Annual administration and progress report of the Indian Medical Department, Bombay
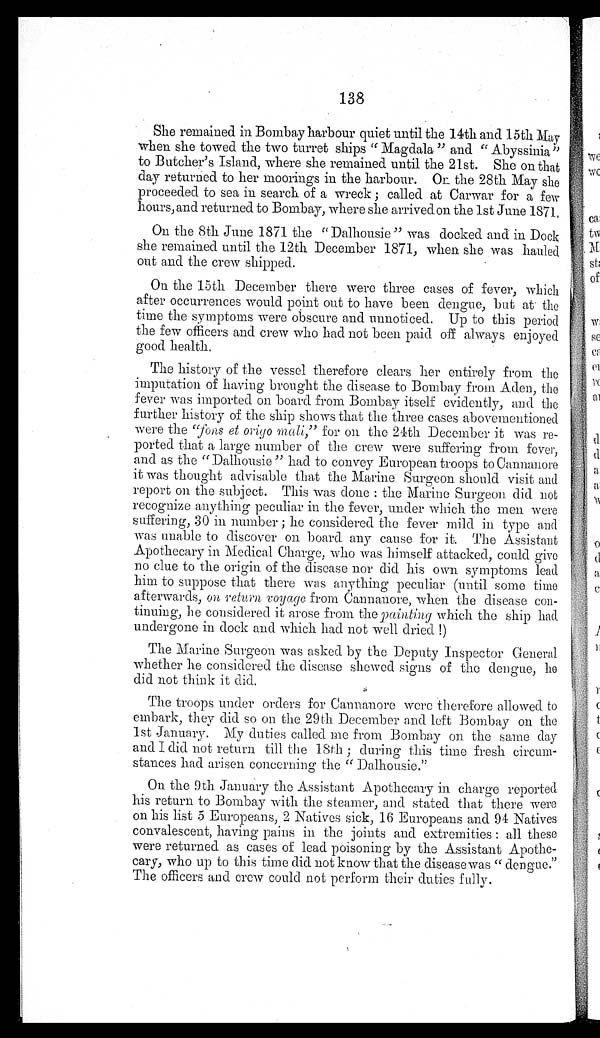
138
She remained in Bombay harbour quiet until the 14th and 15th May
when she towed the two turret ships "Magdala" and "Abyssinia"
to Butcher's Island, where she remained until the 21st. She on that
day returned to her moorings in the harbour. Or the 28th May she
proceeded to sea in search of a wreck ; called at Carwar for a few
hours, and returned to Bombay, where she arrived on the 1st June 1871.
On the 8th June 1871 the "Dalhousie" was docked and in Dock
she remained until the 12th December 1871, when she was hauled
out and the crew shipped.
On the 15th December there were three cases of fever, which
after occurrences would point out to have been dengue, but at the
time the symptoms were obscure and unnoticed. Up to this period
the few officers and crew who had not been paid off always enjoyed
good health.
The history of the vessel therefore clears her entirely from the
imputation of having brought the disease to Bombay from Aden, the
fever was imported on board from Bombay itself evidently, and the
further history of the ship shows that the three cases abovementioned
were the "fons et origo mali,"for on the 24th December it was re-
- p o r t e d t h a t a l a r g e n u m b e r o f t h e c r e w w e r e s u f f e r i n g f r o m f e v e r ,
and as the "Dalhousie" had to convey European troops to Cannanore
it was thought advisable that the Marine Surgeon should visit and
report on the subject. This was done : the Marine Surgeon did not
recognize anything peculiar in the fever, under which the men were
suffering, 30 in number ; he considered the fever mild in type and
was unable to discover on board any cause for it. The Assistant
Apothecary in Medical Charge, who was himself attacked, could give
no clue to the origin of the disease nor did his own symptoms lead
him to suppose that there was anything peculiar (until some time
afterwards, on return voyage from Cannanore, when the disease con-
tinuing, he considered it arose from the painting which the ship had
undergone in dock and which had not well dried !)
The Marine Surgeon was asked by the Deputy Inspector General
whether he considered the disease shewed signs of the dengue, he
did not think it did.
The troops under orders for Cannanore were therefore allowed to
embark, they did so on the 29th December and left Bombay on the
1st January. My duties called me from Bombay on the same day
and I did not return till the 18th ; during this time fresh circum-
stances had arisen concerning the " Dalhousie."
On the 9th January the Assistant Apothecary in charge reported
his return to Bombay with the steamer, and stated that there were
on his list 5 Europeans, 2 Natives sick, 16 Europeans and 94 Natives
convalescent, having pains in the joints and extremities : all these
were returned as cases of lead poisoning by the Assistant Apothe
cary, who up to this time did not know that the disease was "dengue."
The officers and crew could not perform their duties fully.